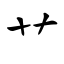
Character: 艹